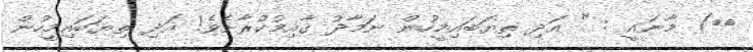
٤٣) މާނައީ : " އަދި ތިޔަބައިމީހުން ނަމާދު ޤާއިމުކުރާށެވެ! އަދި ތިޔަބައިމީހުން